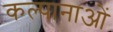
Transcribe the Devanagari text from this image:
कल्पानाओं